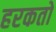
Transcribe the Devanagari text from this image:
हरकतो